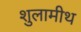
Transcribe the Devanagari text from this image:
शुलामीथ